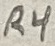
Text: R4